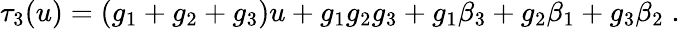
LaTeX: \tau_{3}(u)=(g_{1}+g_{2}+g_{3})u+g_{1}g_{2}g_{3}+g_{1}\beta_{3}+g_{2}\beta_{1}+g_{3}\beta_{2}\; .